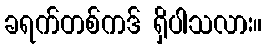
ခရက်တစ်ကဒ် ရှိပါသလား။